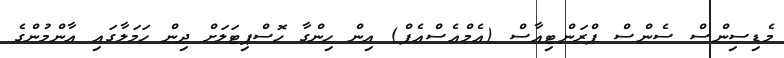
މެޑިސިންސް ސެންސް ފްރަންޓިއާސް (އެމްއެސްއެފް) އިން ހިންގާ ހޮސްޕިޓަލަށް ދިން ހަމަލާގައި އާންމުންގެ